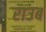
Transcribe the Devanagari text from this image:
राउब